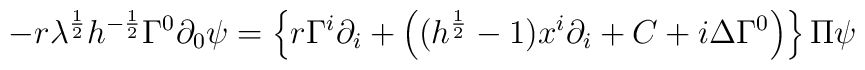
-r\lambda^{\frac{1}{2}}h^{-\frac{1}{2}}\Gamma^0\partial_0\psi   =  \left\{ r\Gamma^i\partial_i+\left(              (h^{\frac{1}{2}}-1)x^i\partial_i+C+i\Delta\Gamma^0\right)              \right\}\Pi\psi